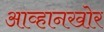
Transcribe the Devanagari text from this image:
आव्हानखोर